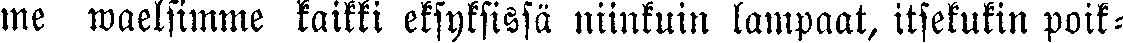
me waelfimme kaikki eksyksissä niinkuin lampaat, itsekukin poik-